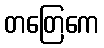
တတြေကေ